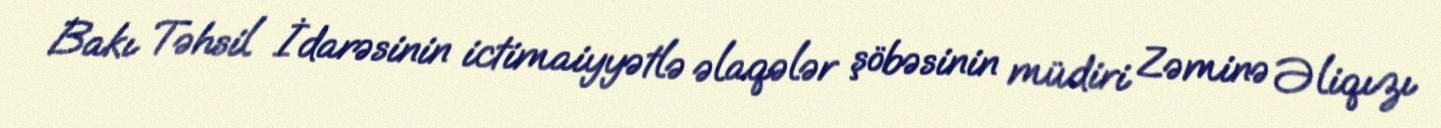
Bakı Təhsil İdarəsinin ictimaiyyətlə əlaqələr şöbəsinin müdiri Zəminə Əliqızı